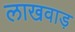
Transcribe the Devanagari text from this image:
लाखवाड़